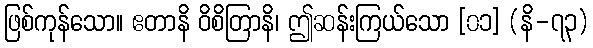
ဖြစ်ကုန်သော။ ဧတာနိ ဝိစိတြာနိ၊ ဤဆန်းကြယ်သော [၀၁] (နိ-၇၃)